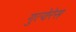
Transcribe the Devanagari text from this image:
गुत्येरेस